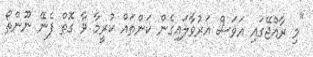
"މި ރާއްޖޭގައި އަވަސް އަރުވާލައިގެން ކަންތައް ކުރީމާ ވާ ގޮތް ފެނޭ ނޫންތޯ